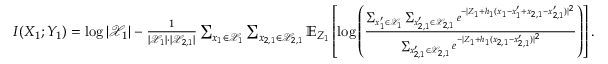
\begin{array} { r } { I ( X _ { 1 } ; Y _ { 1 } ) = \log | \mathcal { X } _ { 1 } | - \frac { 1 } { | \mathcal { X } _ { 1 } | \cdot | \mathcal { X } _ { 2 , 1 } | } \sum _ { x _ { 1 } \in \mathcal { X } _ { 1 } } \sum _ { x _ { 2 , 1 } \in \mathcal { X } _ { 2 , 1 } } \mathbb { E } _ { Z _ { 1 } } \left[ \log \left( \frac { \sum _ { x _ { 1 } ^ { \prime } \in \mathcal { X } _ { 1 } } \sum _ { x _ { 2 , 1 } ^ { \prime } \in \mathcal { X } _ { 2 , 1 } } e ^ { - | Z _ { 1 } + h _ { 1 } ( x _ { 1 } - x _ { 1 } ^ { \prime } + x _ { 2 , 1 } - x _ { 2 , 1 } ^ { \prime } ) | ^ { 2 } } } { \sum _ { x _ { 2 , 1 } ^ { \prime } \in \mathcal { X } _ { 2 , 1 } } e ^ { - | Z _ { 1 } + h _ { 1 } ( x _ { 2 , 1 } - x _ { 2 , 1 } ^ { \prime } ) | ^ { 2 } } } \right) \right] . } \end{array}